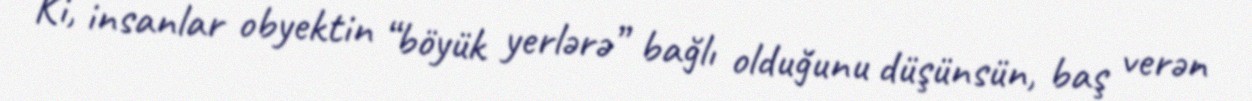
Ki, insanlar obyektin “böyük yerlərə” bağlı olduğunu düşünsün, baş verən